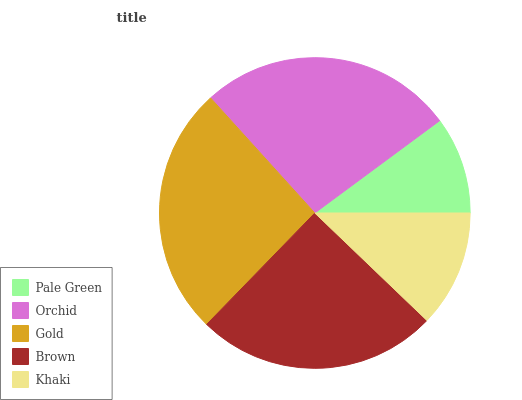
| Pale Green | Orchid | Gold | Brown | Khaki |
 | --- | --- | --- | --- | --- |
 | 10.1% | 26.6% | 26% | 25.2% | 12.2% |